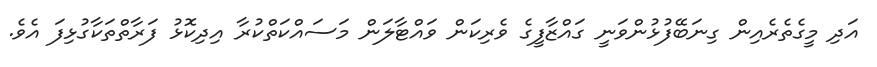
އަދި މީގެތެރެއިން ގިނަބޭފުޅުންވަނީ ގައްޒާފީގެ ވެރިކަން ވައްޓާލަން މަސައްކަތްކުރާ އިދިކޮޅު ފަރާތްތަކާގުޅިފަ އެވެ.